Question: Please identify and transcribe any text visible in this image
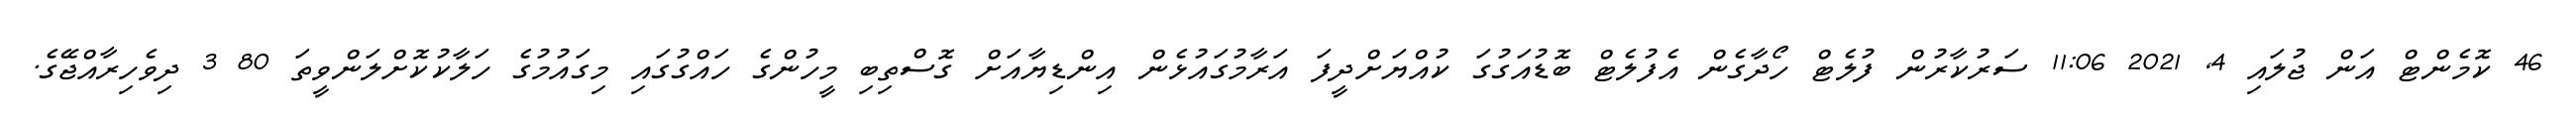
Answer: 46 ކޮމެންޓް އަން ޖުލައި 4, 2021 11:06 ސަރުކާރުން ފުލެޓް ހޯދާގެން އެފުލެޓް ބޮޑުއަގުގަ ކުއްޔަށްދީފަ އަރާމުގައުޅެން އިންޑިޔާއަށް ގޮސްތިބި މީހުންގެ ހައްގުގައި މިގައުމުގެ ހަލާކުކޮށްލަންވީތަ 80 3 ދިވެހިރާއްޖޭގެ.